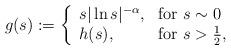
LaTeX: \begin{align*}g(s) :=\left\{\begin{array}{ll} s |\ln s|^{-\alpha}, & \mbox{for} \ s \sim 0 \\ h(s), & \mbox{for} ~ s> \frac{1}{2},\end{array}\right.\end{align*}